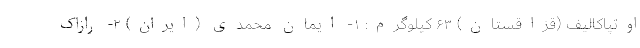
اوتپاکالیف (قزاقستان) ۶۳ کیلوگرم: ۱- ایمان محمدی (ایران) ۲- رازاک